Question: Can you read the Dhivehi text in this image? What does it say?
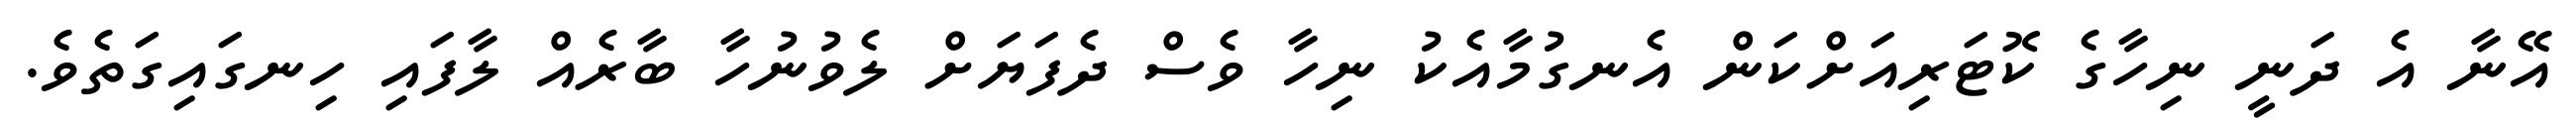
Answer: އޭނާ އެ ދަނީ ނިހާގެ ކޮޓަރިއަށްކަން އެނގުމާއެކު ނިހާ ވެސް ދެފަޔަށް ލެވުނުހާ ބާރެއް ލާފައި ހިނގައިގަތެވެ.